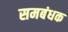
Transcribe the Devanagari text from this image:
समबंधक